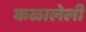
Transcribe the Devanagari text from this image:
कळालेली